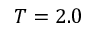
T = 2 . 0